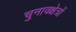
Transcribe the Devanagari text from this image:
चुनावक्षेत्रों